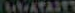
١١١٠٨٢٨٥٢٦